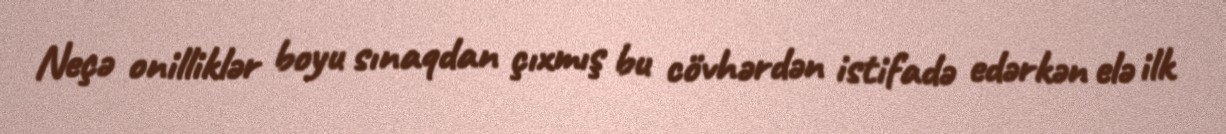
Neçə onilliklər boyu sınaqdan çıxmış bu cövhərdən istifadə edərkən elə ilk